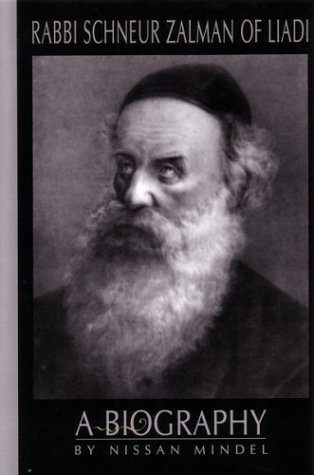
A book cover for Rabbi Schneur Zalman of Liadi: A Biography of the First Lubavitcher Rebbe; Nissan Mindel; Religion & Spirituality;